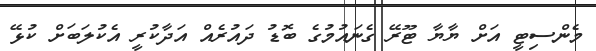
މެންސިޓީ އަށް ޔާޔާ ޓޫރޭ ގެނައުމުގެ ބޮޑު ދައުރެއް އަދާކުރީ އެކުލަބަށް ކުޅޭ